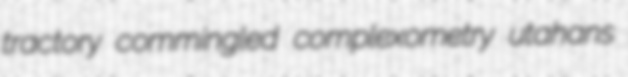
tractory commingled complexometry utahans